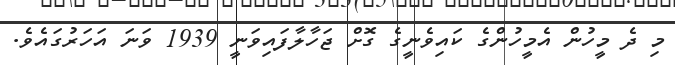
މި ދެ މީހުން އެމީހުންގެ ކައިވެނީގެ ގޮށް ޖަހާލާފައިވަނީ 1939 ވަނަ އަހަރުގައެވެ.